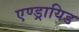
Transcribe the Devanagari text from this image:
एण्ड्रायिड